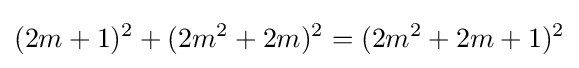
(2m+1)^{2}+(2m^{2}+2m)^{2}=(2m^{2}+2m+1)^{2}